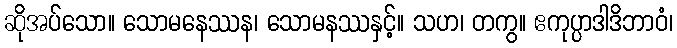
ဆိုအပ်သော။ သောမနေဿန၊ သောမနဿနှင့်။ သဟ၊ တကွ။ ဧကုပ္ပာဒါဒိဘာဝံ၊